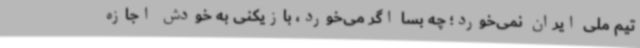
تیم ملی ایران نمی‌خورد؛ چه بسا اگر می‌خورد، بازیکنی به خودش اجازه